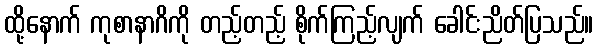
ထို့နောက် ကုစာနာဂိကို တည့်တည့် စိုက်ကြည့်လျက် ခေါင်းညိတ်ပြသည်။